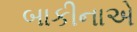
બાકીનાએ